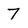
Character: 7